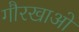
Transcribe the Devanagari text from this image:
गौरखाओं